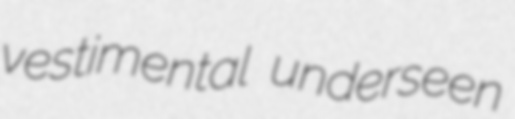
vestimental underseen